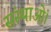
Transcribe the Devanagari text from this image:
संस्थाओं।